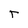
Character: T